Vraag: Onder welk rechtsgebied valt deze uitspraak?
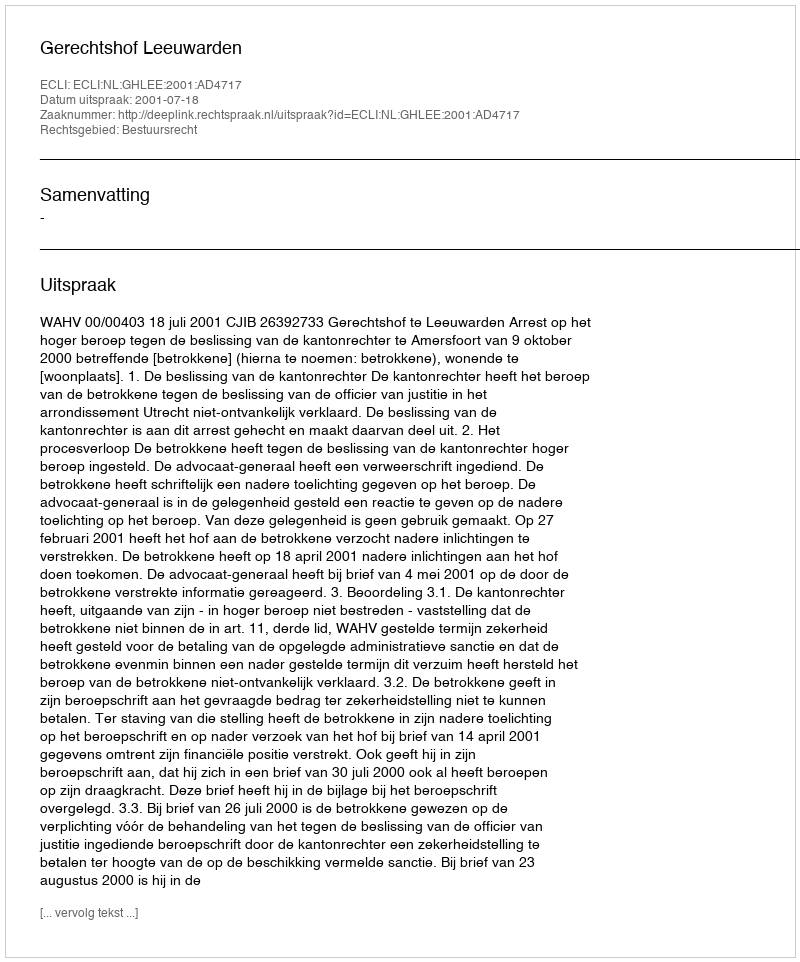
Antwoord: Bestuursrecht